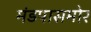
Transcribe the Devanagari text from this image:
मंडपासमोर